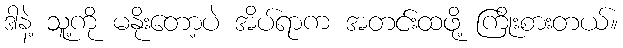
ဒါနဲ့ သူ့ကို မနိုးတော့ပဲ အိပ်ရာက အတင်းထဖို့ ကြိုးစားတယ်။